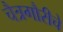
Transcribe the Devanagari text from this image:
चैत्रगौरीचे